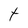
Character: t